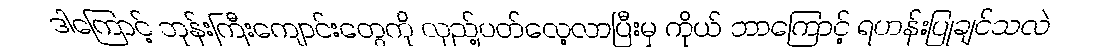
ဒါကြောင့် ဘုန်းကြီးကျောင်းတွေကို လှည့်ပတ်လေ့လာပြီးမှ ကိုယ် ဘာကြောင့် ရဟန်းပြုချင်သလဲ